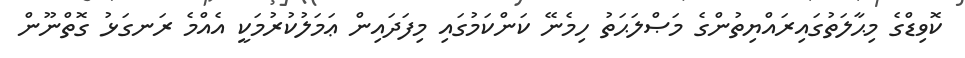
ކޮވިޑްގެ މިޙާލަތުގައިރައްޔިތުންގެ މަޞްލަޙަތު ހިމެނޭ ކަންކަމުގައި މިފަދައިން ޢަމަލުކުރުމަކީ އެއްމެ ރަނގަޅު ގޮތްނޫން